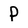
Character: P